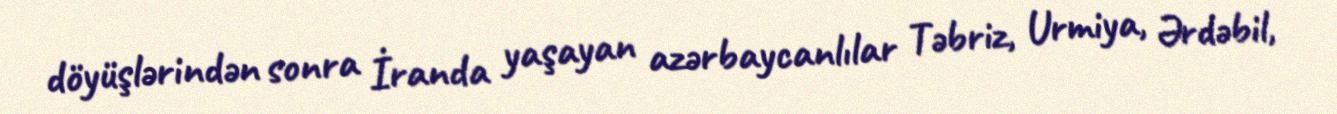
döyüşlərindən sonra İranda yaşayan azərbaycanlılar Təbriz, Urmiya, Ərdəbil,